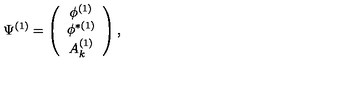
\Psi ^ { ( 1 ) } = \left( \begin{array} { c } { \phi ^ { ( 1 ) } } \\ { \phi ^ { \ast ( 1 ) } } \\ { A _ { k } ^ { ( 1 ) } } \\ \end{array} \right) ,